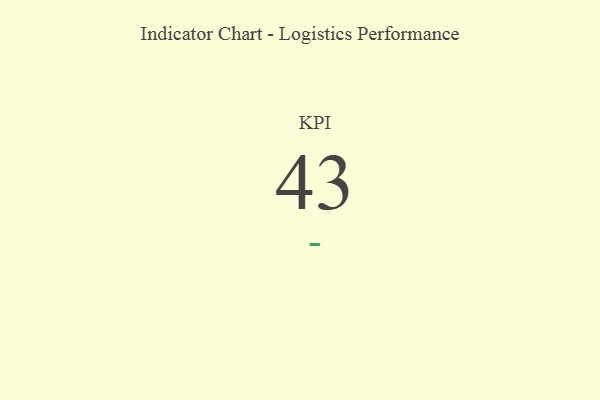
{"axis": {"x": "KPI", "y": "Value"}, "legend": [""], "data": [{"x": "KPI", "y": 43, "type": ""}]}